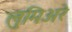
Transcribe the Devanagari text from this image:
लुमिअरे